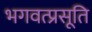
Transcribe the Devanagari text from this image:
भगवत्प्रसूति